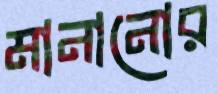
মানানোর